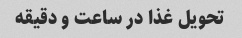
تحویل غذا در ساعت و دقیقه